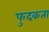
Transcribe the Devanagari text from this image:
फुदकता